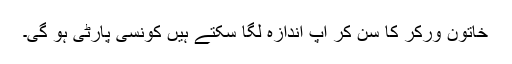
خاتون ورکر کا سن کر آپ اندازہ لگا سکتے ہیں کونسی پارٹی ہو گی۔